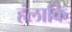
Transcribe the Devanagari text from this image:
हंलाकि